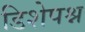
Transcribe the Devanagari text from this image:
डिशेपश्न